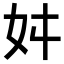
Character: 𭑮